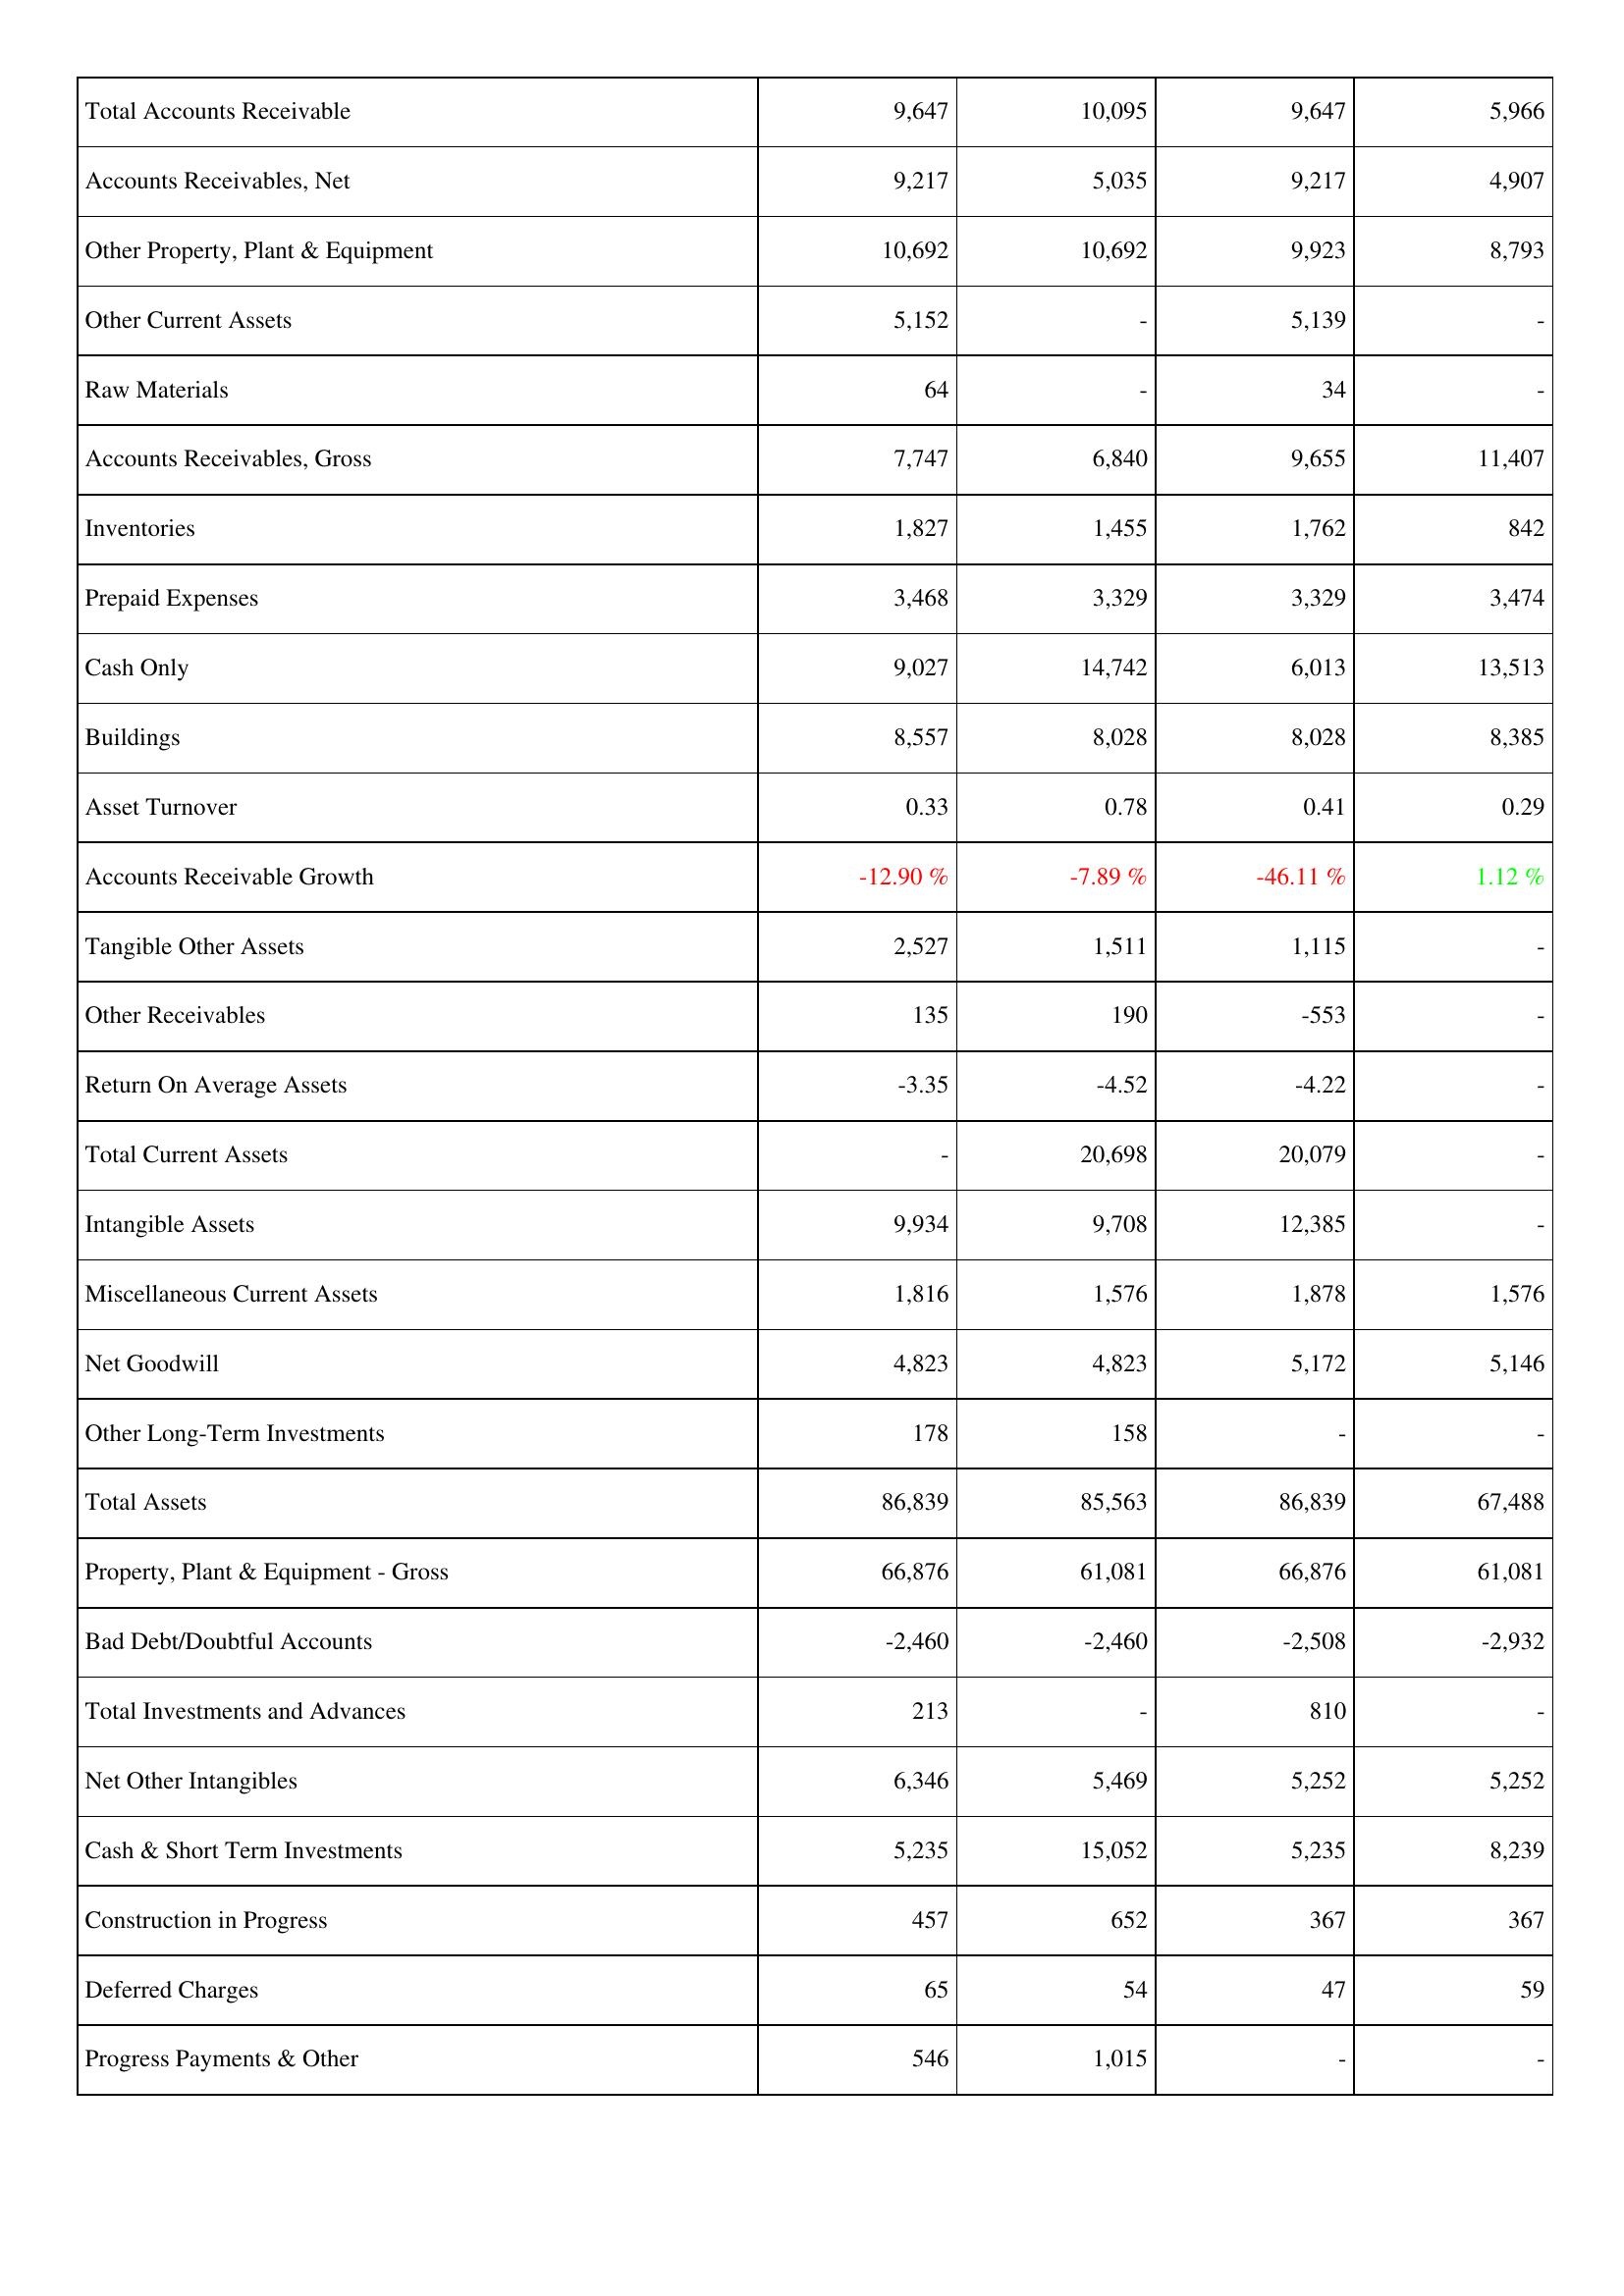
2012: Assets: Total Accounts Receivable: 9,647
Accounts Receivables, Net: 9,217
Other Property, Plant & Equipment: 10,692
Other Current Assets: 5,152
Raw Materials: 64
Accounts Receivables, Gross: 7,747
Inventories: 1,827
Prepaid Expenses: 3,468
Cash Only: 9,027
Buildings: 8,557
Asset Turnover: 0.33
Accounts Receivable Growth: -12.90 %
Tangible Other Assets: 2,527
Other Receivables: 135
Return On Average Assets: -3.35
Total Current Assets: -
Intangible Assets: 9,934
Miscellaneous Current Assets: 1,816
Net Goodwill: 4,823
Other Long-Term Investments: 178
Total Assets: 86,839
Property, Plant & Equipment - Gross: 66,876
Bad Debt/Doubtful Accounts: -2,460
Total Investments and Advances: 213
Net Other Intangibles: 6,346
Cash & Short Term Investments: 5,235
Construction in Progress: 457
Deferred Charges: 65
Progress Payments & Other: 546
2011: Assets: Total Accounts Receivable: 10,095
Accounts Receivables, Net: 5,035
Other Property, Plant & Equipment: 10,692
Other Current Assets: -
Raw Materials: -
Accounts Receivables, Gross: 6,840
Inventories: 1,455
Prepaid Expenses: 3,329
Cash Only: 14,742
Buildings: 8,028
Asset Turnover: 0.78
Accounts Receivable Growth: -7.89 %
Tangible Other Assets: 1,511
Other Receivables: 190
Return On Average Assets: -4.52
Total Current Assets: 20,698
Intangible Assets: 9,708
Miscellaneous Current Assets: 1,576
Net Goodwill: 4,823
Other Long-Term Investments: 158
Total Assets: 85,563
Property, Plant & Equipment - Gross: 61,081
Bad Debt/Doubtful Accounts: -2,460
Total Investments and Advances: -
Net Other Intangibles: 5,469
Cash & Short Term Investments: 15,052
Construction in Progress: 652
Deferred Charges: 54
Progress Payments & Other: 1,015
2010: Assets: Total Accounts Receivable: 9,647
Accounts Receivables, Net: 9,217
Other Property, Plant & Equipment: 9,923
Other Current Assets: 5,139
Raw Materials: 34
Accounts Receivables, Gross: 9,655
Inventories: 1,762
Prepaid Expenses: 3,329
Cash Only: 6,013
Buildings: 8,028
Asset Turnover: 0.41
Accounts Receivable Growth: -46.11 %
Tangible Other Assets: 1,115
Other Receivables: -553
Return On Average Assets: -4.22
Total Current Assets: 20,079
Intangible Assets: 12,385
Miscellaneous Current Assets: 1,878
Net Goodwill: 5,172
Other Long-Term Investments: -
Total Assets: 86,839
Property, Plant & Equipment - Gross: 66,876
Bad Debt/Doubtful Accounts: -2,508
Total Investments and Advances: 810
Net Other Intangibles: 5,252
Cash & Short Term Investments: 5,235
Construction in Progress: 367
Deferred Charges: 47
Progress Payments & Other: -
2009: Assets: Total Accounts Receivable: 5,966
Accounts Receivables, Net: 4,907
Other Property, Plant & Equipment: 8,793
Other Current Assets: -
Raw Materials: -
Accounts Receivables, Gross: 11,407
Inventories: 842
Prepaid Expenses: 3,474
Cash Only: 13,513
Buildings: 8,385
Asset Turnover: 0.29
Accounts Receivable Growth: 1.12 %
Tangible Other Assets: -
Other Receivables: -
Return On Average Assets: -
Total Current Assets: -
Intangible Assets: -
Miscellaneous Current Assets: 1,576
Net Goodwill: 5,146
Other Long-Term Investments: -
Total Assets: 67,488
Property, Plant & Equipment - Gross: 61,081
Bad Debt/Doubtful Accounts: -2,932
Total Investments and Advances: -
Net Other Intangibles: 5,252
Cash & Short Term Investments: 8,239
Construction in Progress: 367
Deferred Charges: 59
Progress Payments & Other: -